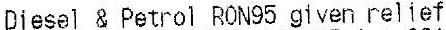
DIESEL & PETROL RON95 GIVEN RELIEF